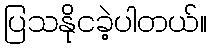
ပြသနိုငခဲ့ပါတယ်။